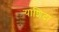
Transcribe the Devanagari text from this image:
याशिदा